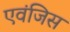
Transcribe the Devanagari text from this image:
एवंजिस